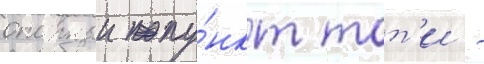
опорныи пу́нкт тот'и -